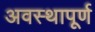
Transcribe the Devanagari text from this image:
अवस्थापूर्ण